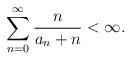
LaTeX: \begin{align*}\sum_{n = 0}^{\infty} \frac{n}{a_n + n} < \infty.\end{align*}